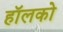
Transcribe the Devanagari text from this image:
हॉलको